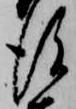
後